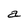
Character: a